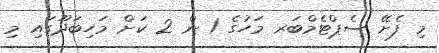
މި ފެށޭ ސެޕްޓެމްބަރ މަހުގެ 1 ން 2 ކަށް މަހިބަދޫގައި މި